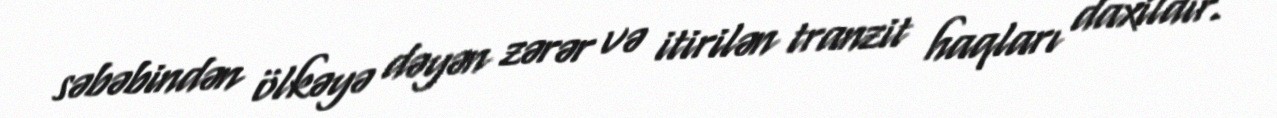
səbəbindən ölkəyə dəyən zərər və itirilən tranzit haqları daxildir.